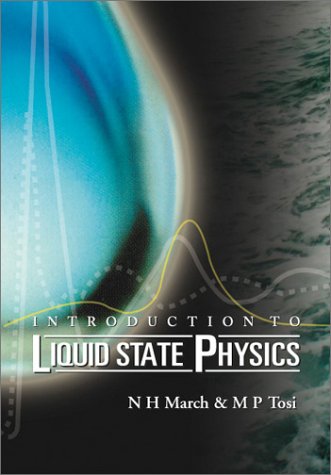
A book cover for Introduction to Liquid State Physics; Norman H. March; Science & Math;